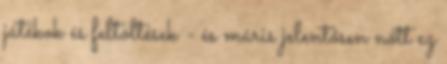
játékok és feltöltések - és máris jelentősen nőtt ez